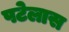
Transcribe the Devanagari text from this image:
पटेलास